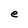
Character: e